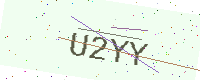
Text: U2YY